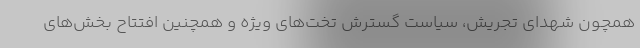
همچون شهدای تجریش، سیاست گسترش تخت‌های ویژه و همچنین افتتاح بخش‌های